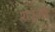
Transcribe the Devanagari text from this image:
शत्रुऔं